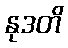
နုဒတိ